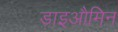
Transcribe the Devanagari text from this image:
डाइऔमिन